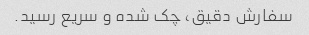
سفارش دقیق، چک شده و سریع رسید.